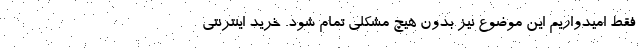
فقط امیدواریم این موضوع نیز بدون هیچ مشکلی تمام شود. خرید اینترنتی